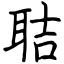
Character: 聐